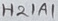
Text: H21A1